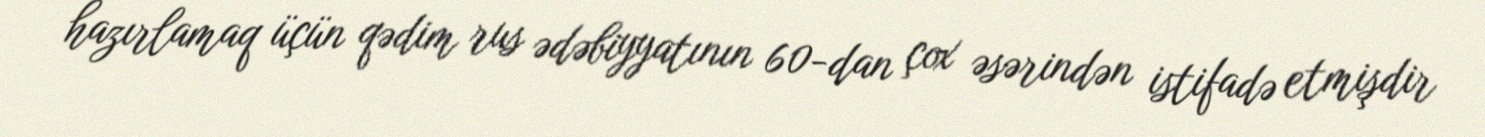
hazırlamaq üçün qədim rus ədəbiyyatının 60-dan çox əsərindən istifadə etmişdir